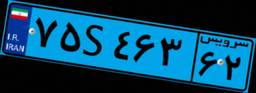
۴۷S۵۰۴۶۹